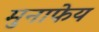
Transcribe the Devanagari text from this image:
मुनाफेय